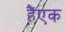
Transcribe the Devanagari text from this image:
हैंएक